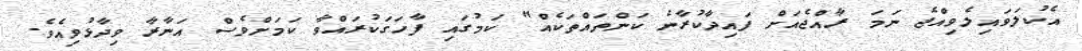
އެކުލަވައިލެވިއްޖެ ނަމަ ރާއްޖެއަށް ފައިދާކުރާނެ ކަންތައްތަކެއް" ކަމުގައި ފާހަގަކުރައްވާ ކަަމަށްވެސް އަނާރާ ވިދާޅުވިއެވެ.